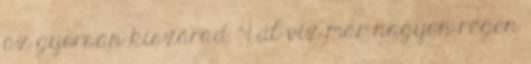
az gyorsan kiszárad. 4 dl viz már nagyon régen